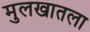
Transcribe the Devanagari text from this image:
मुलखातला